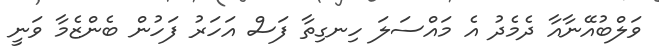
ވަލްބުއޭނާއާ ދެމެދު އެ މައްސަލަ ހިނގިތާ ފަސް އަހަރު ފަހުން ބެންޒެމާ ވަނީ